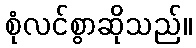
စုံလင်စွာဆိုသည်။